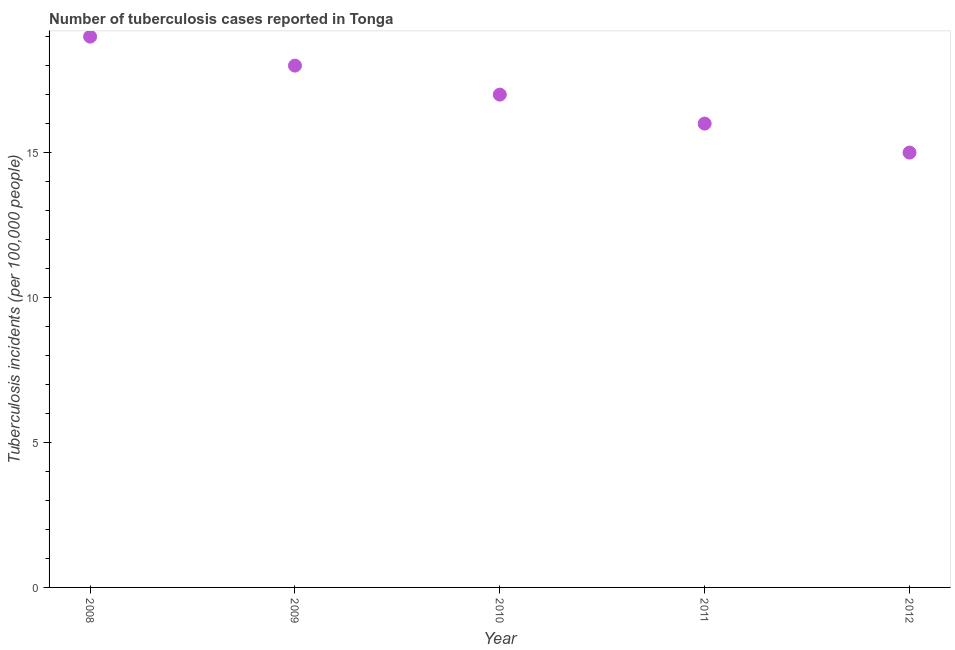
| Year | Incidence of tuberculosis |
 | --- | --- |
 | 2008 | 19 |
 | 2009 | 18 |
 | 2010 | 17 |
 | 2011 | 16 |
 | 2012 | 15 |